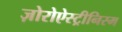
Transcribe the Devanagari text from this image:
ज़ोरोऐस्ट्रीनिस्म